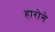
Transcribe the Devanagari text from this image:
हारोगे